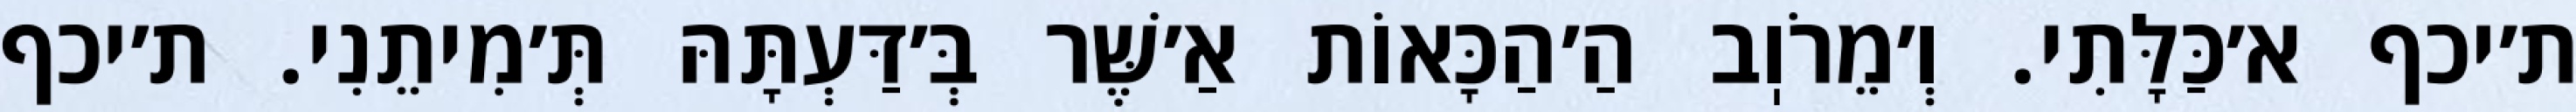
ת׳יכף א׳כַּלָּתִי. וְ׳מֵרֹוֽב הַ׳הַכָּאוֹת אַ׳שֶּׁר בְּ׳דַּעְתָּהּ תְּ׳מִיתֵנִי. ת׳יכף